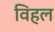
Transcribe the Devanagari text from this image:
विहल